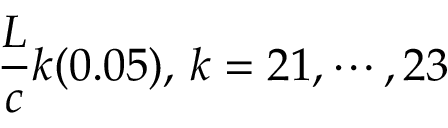
{ \frac { L } { c } } k ( 0 . 0 5 ) , \, k = 2 1 , \cdots , 2 3